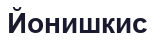
Йонишкис